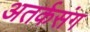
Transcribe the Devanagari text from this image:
अतर्कसंग